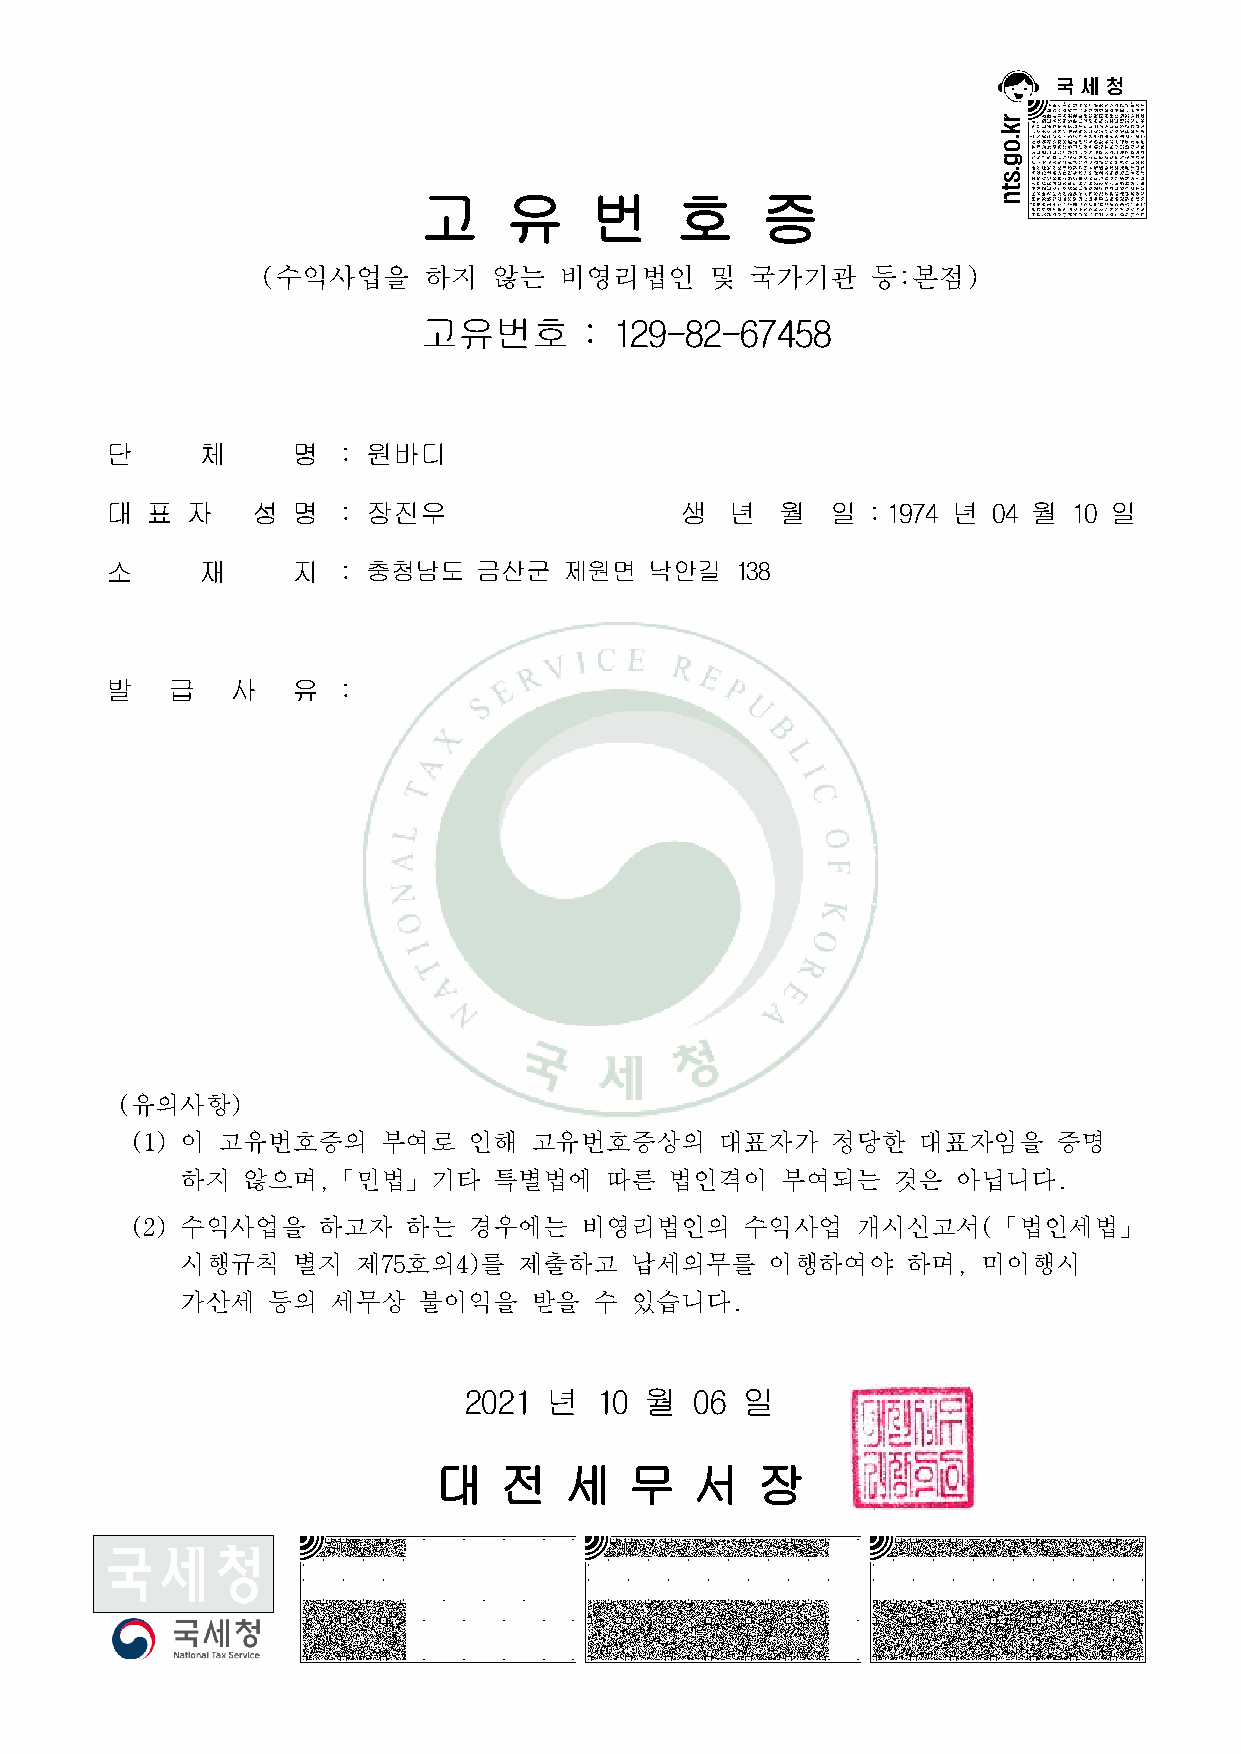
고    유     번     호    증
 (수익사업을     하지   않는  비영리법인     및  국가기관    등:본점)
 고유번호      : 129-82-67458
 단     체     명  : 원바디
 대  표 자    성 명  : 장진우                  생  년   월  일 :1974 년  04 월 10 일
 소     재     지  : 충청남도    금산군  제원면   낙안길   138
 발   급   사   유  :
 :                                  :
 :                                  :
 :                                  :
 :                                  :
 (유의사항)
 (1) 이 고유번호증의    부여로   인해  고유번호증상의      대표자가   정당한   대표자임을    증명
 하지  않으며,「민법」기타       특별법에   따른  법인격이    부여되는   것은  아닙니다.
 (2) 수익사업을   하고자   하는  경우에는   비영리법인의     수익사업    개시신고서(「법인세법」
 시행규칙   별지   제75호의4)를  제출하고    납세의무를    이행하여야    하며,  미이행시
 가산세   등의  세무상   불이익을   받을  수  있습니다.
 2021 년  10  월  06 일
 대   전   세    무   서   장